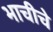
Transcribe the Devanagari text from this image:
भाचीचे